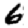
Digit: 6